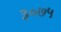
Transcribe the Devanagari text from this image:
३०७५